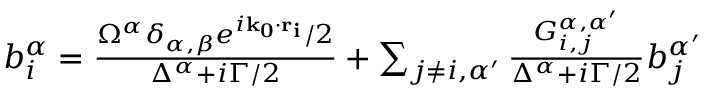
\begin{array} { r } { b _ { i } ^ { \alpha } = \frac { \Omega ^ { \alpha } \delta _ { \alpha , \beta } e ^ { i \mathbf { k _ { 0 } \cdot r _ { i } } } / 2 } { \Delta ^ { \alpha } + i \Gamma / 2 } + \sum _ { j \neq i , \alpha ^ { \prime } } \frac { G _ { i , j } ^ { \alpha , \alpha ^ { \prime } } } { \Delta ^ { \alpha } + i \Gamma / 2 } b _ { j } ^ { \alpha ^ { \prime } } } \end{array}